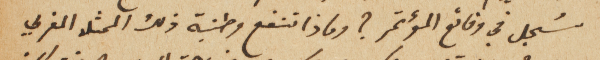
سُجل في وقائع المؤتمر؟ وماذا تنفع وطنية ذلك الممثل المغربي